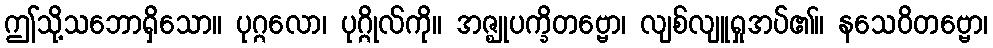
ဤသို့သဘောရှိသော။ ပုဂ္ဂလော၊ ပုဂ္ဂိုလ်ကို။ အဇ္ဈုပက္ခိတဗ္ဗော၊ လျစ်လျူရှုအပ်၏။ နသေဝိတဗ္ဗော၊